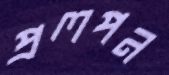
প্রলপন